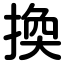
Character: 換